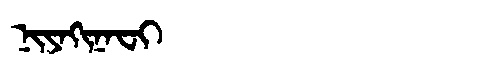
Manchu: ᠨᡳᠶᠠᡴᡳᠨᠠᠸᡳ
Romanization: NIYAKINAFI